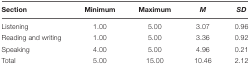
<table><thead><tr><td><b>Section</b></td><td><b>Minimum</b></td><td><b>Maximum</b></td><td><b><i>M</i></b></td><td><b><i>SD</i></b></td></tr></thead><tbody><tr><td>Listening</td><td>1.00</td><td>5.00</td><td>3.07</td><td>0.96</td></tr><tr><td>Reading and writing</td><td>1.00</td><td>5.00</td><td>3.36</td><td>0.92</td></tr><tr><td>Speaking</td><td>4.00</td><td>5.00</td><td>4.96</td><td>0.21</td></tr><tr><td>Total</td><td>5.00</td><td>15.00</td><td>10.46</td><td>2.12</td></tr></tbody></table>